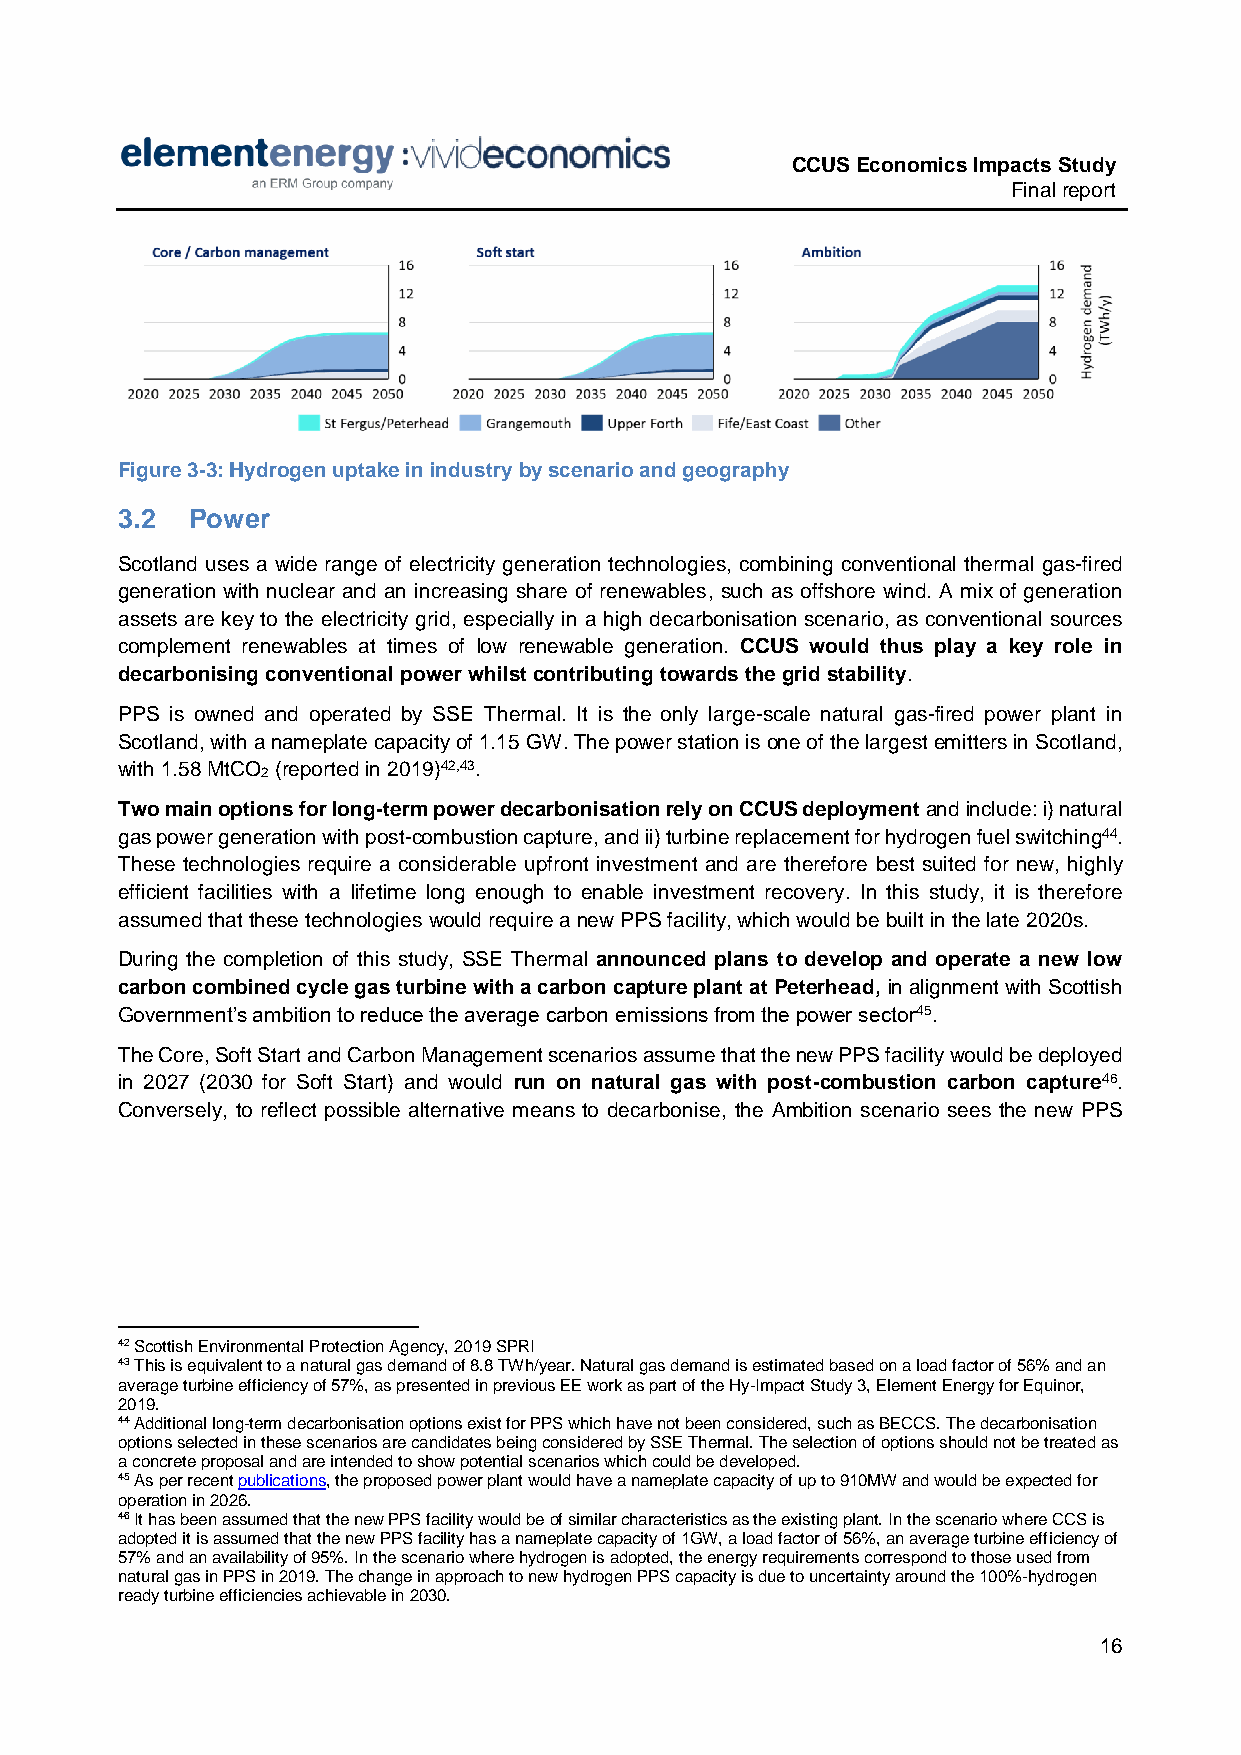
CCUS Economics Impacts Study
 Final report
 Figure 3-3: Hydrogen uptake in industry by scenario and geography
 3.2 Power
 Scotland uses a wide range of electricity generation technologies, combining conventional thermal gas-fired
 generation with nuclear and an increasing share of renewables, such as offshore wind. A mix of generation
 assets are key to the electricity grid, especially in a high decarbonisation scenario, as conventional sources
 complement renewables at times of low renewable generation. CCUS would thus play a key role in
 decarbonising conventional power whilst contributing towards the grid stability.
 PPS is owned and operated by SSE Thermal. It is the only large-scale natural gas-fired power plant in
 Scotland, with a nameplate capacity of 1.15 GW. The power station is one of the largest emitters in Scotland,
 with 1.58 MtCO (reported in 2019)42,43.
 2
 Two main options for long-term power decarbonisation rely on CCUS deployment and include: i) natural
 gas power generation with post-combustion capture, and ii) turbine replacement for hydrogen fuel switching44.
 These technologies require a considerable upfront investment and are therefore best suited for new, highly
 efficient facilities with a lifetime long enough to enable investment recovery. In this study, it is therefore
 assumed that these technologies would require a new PPS facility, which would be built in the late 2020s.
 During the completion of this study, SSE Thermal announced plans to develop and operate a new low
 carbon combined cycle gas turbine with a carbon capture plant at Peterhead, in alignment with Scottish
 Government’s ambition to reduce the average carbon emissions from the power sector45.
 The Core, Soft Start and Carbon Management scenarios assume that the new PPS facility would be deployed
 in 2027 (2030 for Soft Start) and would run on natural gas with post-combustion carbon capture46.
 Conversely, to reflect possible alternative means to decarbonise, the Ambition scenario sees the new PPS
 42 Scottish Environmental Protection Agency, 2019 SPRI
 43 This is equivalent to a natural gas demand of 8.8 TWh/year. Natural gas demand is estimated based on a load factor of 56% and an
 average turbine efficiency of 57%, as presented in previous EE work as part of the Hy-Impact Study 3, Element Energy for Equinor,
 2019.
 44 Additional long-term decarbonisation options exist for PPS which have not been considered, such as BECCS. The decarbonisation
 options selected in these scenarios are candidates being considered by SSE Thermal. The selection of options should not be treated as
 a concrete proposal and are intended to show potential scenarios which could be developed.
 45 As per recent publications, the proposed power plant would have a nameplate capacity of up to 910MW and would be expected for
 operation in 2026.
 46 It has been assumed that the new PPS facility would be of similar characteristics as the existing plant. In the scenario where CCS is
 adopted it is assumed that the new PPS facility has a nameplate capacity of 1GW, a load factor of 56%, an average turbine efficiency of
 57% and an availability of 95%. In the scenario where hydrogen is adopted, the energy requirements correspond to those used from
 natural gas in PPS in 2019. The change in approach to new hydrogen PPS capacity is due to uncertainty around the 100%-hydrogen
 ready turbine efficiencies achievable in 2030.
 16